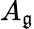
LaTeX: A_{\mathfrak{g}}